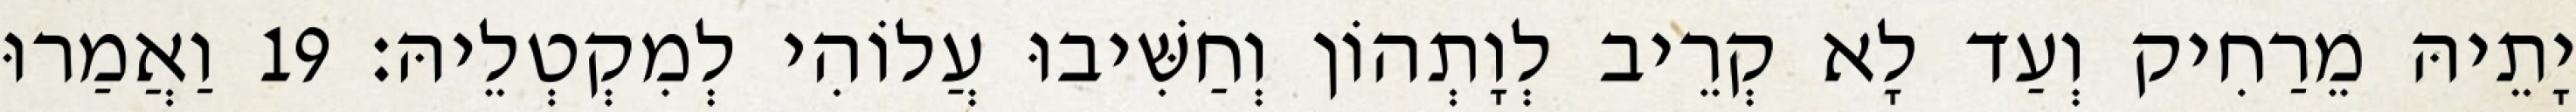
יָתֵיהּ מֵרַחִיק וְעַד לָא קְרֵיב לְוָתְהוֹן וְחַשִּׁיבוּ עֲלוֹהִי לְמִקְטְלֵיהּ׃ 19 וַאֲמַרוּ